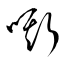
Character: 嘶